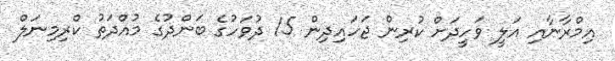
އިމްރާނާއި އަލީ ވަހީދަށް ކުރިން ޖަހައިދިން 15 ދުވަހުގެ ބަންދުގެ މުއްދަތު ކްރިމިނަލް